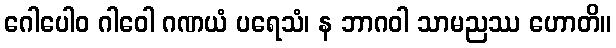
ဂေါပေါဝ ဂါဝေါ ဂဏယံ ပရေသံ၊ န ဘာဂဝါ သာမညဿ ဟောတိ။